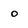
Character: 0